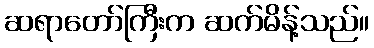
ဆရာတော်ကြီးက ဆက်မိန့်သည်။